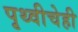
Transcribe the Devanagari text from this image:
पृथ्वीचेही